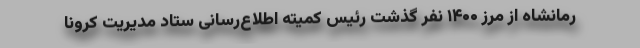
رمانشاه از مرز ۱۴۰۰ نفر گذشت رئیس کمیته اطلاع‌رسانی ستاد مدیریت کرونا